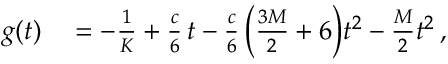
\begin{array} { r l } { g ( t ) } & { { } = - \frac { 1 } { K } + \frac { c } { 6 } \, t - \frac { c } { 6 } \, \bigg ( \frac { 3 M } { 2 } + 6 \bigg ) t ^ { 2 } - \frac { M } { 2 } t ^ { 2 } \, , } \end{array}